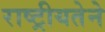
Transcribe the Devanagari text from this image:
राष्ट्रीयतेने